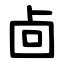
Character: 㔽